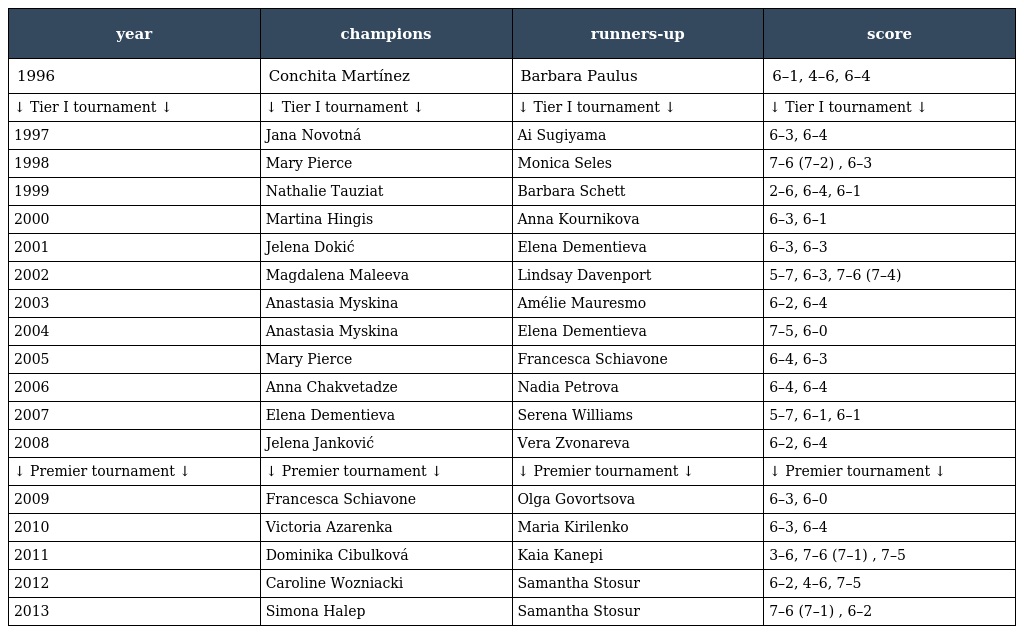
| year | champions | runners-up | score |
 | --- | --- | --- | --- |
 | 1996 | Conchita Martínez | Barbara Paulus | 6–1, 4–6, 6–4 |
 | ↓ Tier I tournament ↓ | ↓ Tier I tournament ↓ | ↓ Tier I tournament ↓ | ↓ Tier I tournament ↓ |
 | 1997 | Jana Novotná | Ai Sugiyama | 6–3, 6–4 |
 | 1998 | Mary Pierce | Monica Seles | 7–6 (7–2) , 6–3 |
 | 1999 | Nathalie Tauziat | Barbara Schett | 2–6, 6–4, 6–1 |
 | 2000 | Martina Hingis | Anna Kournikova | 6–3, 6–1 |
 | 2001 | Jelena Dokić | Elena Dementieva | 6–3, 6–3 |
 | 2002 | Magdalena Maleeva | Lindsay Davenport | 5–7, 6–3, 7–6 (7–4) |
 | 2003 | Anastasia Myskina | Amélie Mauresmo | 6–2, 6–4 |
 | 2004 | Anastasia Myskina | Elena Dementieva | 7–5, 6–0 |
 | 2005 | Mary Pierce | Francesca Schiavone | 6–4, 6–3 |
 | 2006 | Anna Chakvetadze | Nadia Petrova | 6–4, 6–4 |
 | 2007 | Elena Dementieva | Serena Williams | 5–7, 6–1, 6–1 |
 | 2008 | Jelena Janković | Vera Zvonareva | 6–2, 6–4 |
 | ↓ Premier tournament ↓ | ↓ Premier tournament ↓ | ↓ Premier tournament ↓ | ↓ Premier tournament ↓ |
 | 2009 | Francesca Schiavone | Olga Govortsova | 6–3, 6–0 |
 | 2010 | Victoria Azarenka | Maria Kirilenko | 6–3, 6–4 |
 | 2011 | Dominika Cibulková | Kaia Kanepi | 3–6, 7–6 (7–1) , 7–5 |
 | 2012 | Caroline Wozniacki | Samantha Stosur | 6–2, 4–6, 7–5 |
 | 2013 | Simona Halep | Samantha Stosur | 7–6 (7–1) , 6–2 |